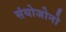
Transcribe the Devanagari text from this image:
संयोजोनो